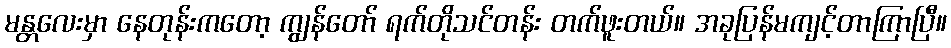
မန္တလေးမှာ နေတုန်းကတော့ ကျွန်တော် ရက်တိုသင်တန်း တက်ဖူးတယ်။ အခုပြန်မကျင့်တာကြာပြီ။